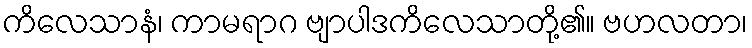
ကိလေသာနံ၊ ကာမရာဂ ဗျာပါဒကိလေသာတို့၏။ ဗဟလတာ၊